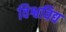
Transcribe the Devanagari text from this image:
विश्वविद्य